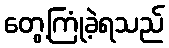
တွေ့ကြုံခဲ့ရသည်